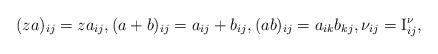
LaTeX: \begin{align*}(za)_{ij}=za_{ij},(a+b)_{ij}=a_{ij}+b_{ij},(ab)_{ij}=a_{ik}b_{kj},\nu_{ij}=\mathrm{I}^\nu_{ij},\end{align*}